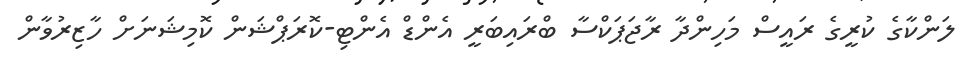
ލަންކާގެ ކުރީގެ ރައީސް މަހިންދާ ރާޖަޕަކްސާ ބްރައިބަރީ އެންޑް އެންޓި-ކޮރަޕްޝަން ކޮމިޝަނަށް ހާޒިރުވާން